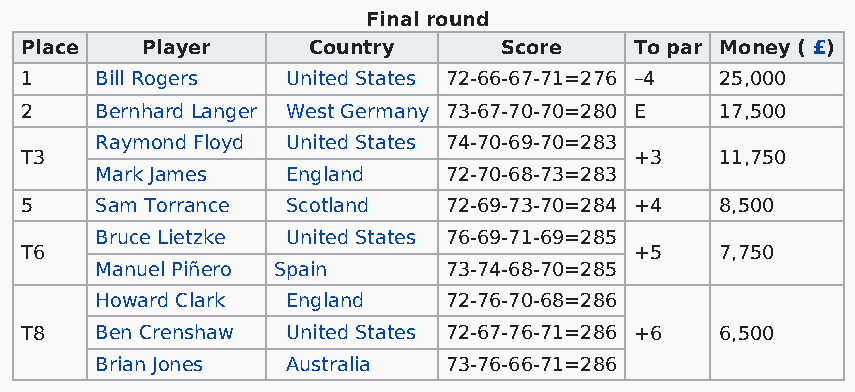
Final round
 Place   Player     Country      Score    To par Money ( £)
 1    Bill Rogers  United States 72-66-67-71=276 –4 25,000
 2    Bernhard Langer West Germany 73-67-70-70=280 E 17,500
 Raymond Floyd United States 74-70-69-70=283
 T3                                       +3    11,750
 Mark James   England   72-70-68-73=283
 5    Sam Torrance Scotland  72-69-73-70=284 +4 8,500
 Bruce Lietzke United States 76-69-71-69=285
 T6                                       +5    7,750
 Manuel Piñero Spain    73-74-68-70=285
 Howard Clark England   72-76-70-68=286
 T8   Ben Crenshaw United States 72-67-76-71=286 +6 6,500
 Brian Jones  Australia 73-76-66-71=286